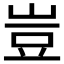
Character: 豈